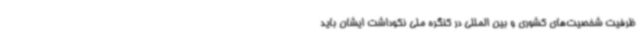
ظرفیت شخصیت‌های کشوری و بین المللی در کنگره ملی نکوداشت ایشان باید